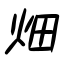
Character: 畑